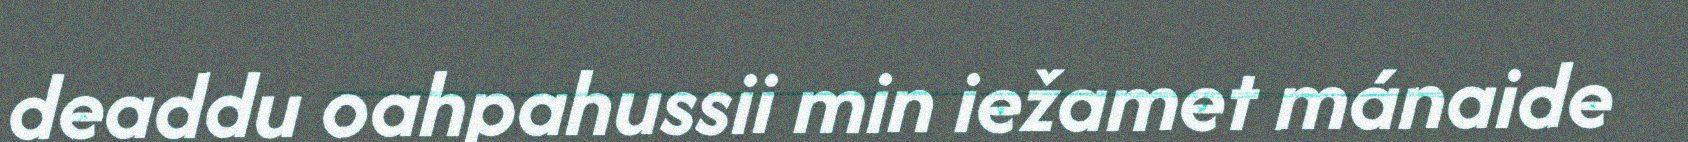
deaddu oahpahussii min iežamet mánaide